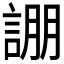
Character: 𮘚